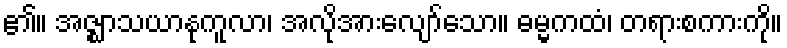
၏။ အဇ္ဈာသယာနုကူလာ၊ အလိုအားလျော်သော။ ဓမ္မကထံ၊ တရားစကားကို။